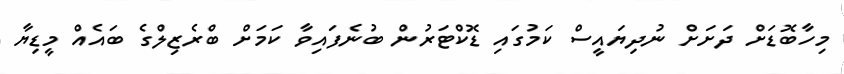
މިހާބޮޑަށް ދަށަށް ނުދިޔައީސް ކަމުގައި ޑޮކްޓަރުން ބުނެފައިވާ ކަމަށް ބްރެޒިލްގެ ބައެއް މީޑިޔާ